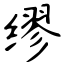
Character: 缪